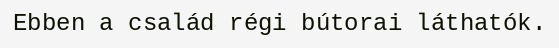
Ebben a család régi bútorai láthatók.